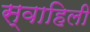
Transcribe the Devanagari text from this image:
स्‍वाहिली